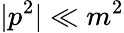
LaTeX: |p^{2}|\ll m^{2}